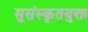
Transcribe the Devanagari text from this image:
सुसंस्कृतयुक्त